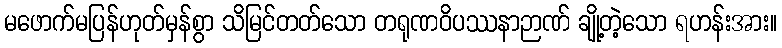
မဖောက်မပြန်ဟုတ်မှန်စွာ သိမြင်တတ်သော တရုဏဝိပဿနာဉာဏ် ချို့တဲ့သော ရဟန်းအား။